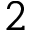
2